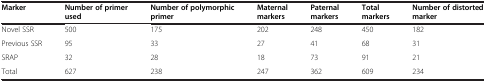
| Marker | Number of primer used | Number of polymorphic primer | Maternal markers | Paternal markers | Total markers | Number of distorted marker |
 | --- | --- | --- | --- | --- | --- | --- |
 | Novel SSR | 500 | 175 | 202 | 248 | 450 | 182 |
 | Previous SSR | 95 | 33 | 27 | 41 | 68 | 31 |
 | SRAP | 32 | 28 | 18 | 73 | 91 | 21 |
 | Total | 627 | 238 | 247 | 362 | 609 | 234 |